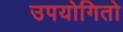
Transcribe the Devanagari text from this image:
उपयोगितो